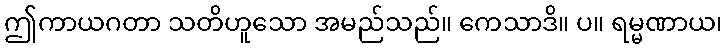
ဤကာယဂတာ သတိဟူသော အမည်သည်။ ကေသာဒိ။ ပ။ ရမ္မဏာယ၊